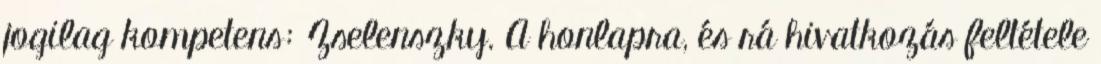
jogilag kompetens: Zselenszky. A honlapra, és rá hivatkozás feltétele